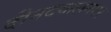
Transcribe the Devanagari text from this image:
दीनदयालनगर